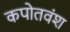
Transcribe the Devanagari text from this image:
कपोतवंश